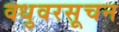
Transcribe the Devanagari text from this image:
वधुवरसूचन